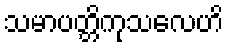
သမာပတ္တိကုသလေဟိ